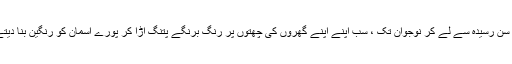
اس دن سن رسیدہ سے لے کر نوجوان تک ، سب اپنے اپنے گھروں کی چھتوں پر رنگ برنگے پتنگ اڑا کر پورے آسمان کو رنگین بنا دیتے ہیں ۔